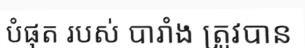
បំផុត របស់ បារាំង ត្រូវបាន